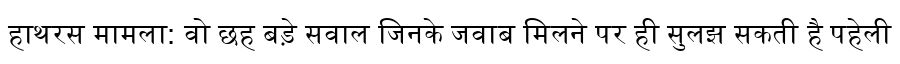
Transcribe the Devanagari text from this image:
हाथरस मामला: वो छह बड़े सवाल जिनके जवाब मिलने पर ही सुलझ सकती है पहेली